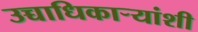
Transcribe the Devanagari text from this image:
उच्चाधिकाऱ्यांशी